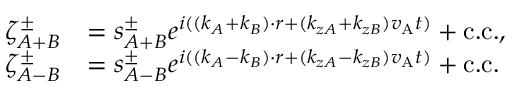
\begin{array} { r l } { \zeta _ { A + B } ^ { \pm } } & { = s _ { A + B } ^ { \pm } e ^ { i ( ( \boldsymbol { k } _ { A } + \boldsymbol { k } _ { B } ) \cdot \boldsymbol { r } + ( k _ { z A } + k _ { z B } ) v _ { \mathrm { A } } t ) } + \mathrm { c . c . } , } \\ { \zeta _ { A - B } ^ { \pm } } & { = s _ { A - B } ^ { \pm } e ^ { i ( ( \boldsymbol { k } _ { A } - \boldsymbol { k } _ { B } ) \cdot \boldsymbol { r } + ( k _ { z A } - k _ { z B } ) v _ { \mathrm { A } } t ) } + \mathrm { c . c . } } \end{array}